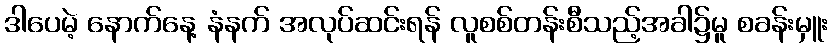
ဒါပေမဲ့ နောက်နေ့ နံနက် အလုပ်ဆင်းရန် လူစစ်တန်းစီသည့်အခါ၌မူ စခန်းမှူး